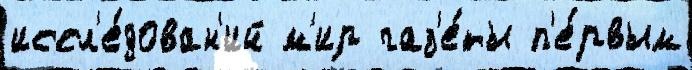
иссл'е́дован'ий м'ир газ'е́ты п'е́рвым